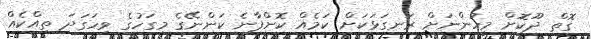
ގޮތް ދޫކޮށް މީހުންނަށް ރަނގަޅަކަށް ކަަމެއް ކޮށްފާނެ ކަންނޭގެ މިގަހުގެ ވިހަގަދަ ތިއްކެއް